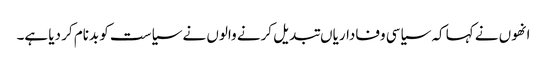
انھوں نے کہا کہ سیاسی وفاداریاں تبدیل کرنے والوں نے سیاست کو بدنام کر دیا ہے۔